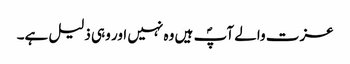
عزت والے آپؐ ہیں وہ نہیں اور وہی ذلیل ہے۔